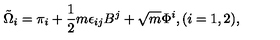
\tilde { \Omega } _ { i } = \pi _ { i } + \frac { 1 } { 2 } m \epsilon _ { i j } B ^ { j } + \sqrt { m } \Phi ^ { i } , { } ( i = 1 , 2 ) ,